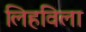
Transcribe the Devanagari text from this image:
लिहविला